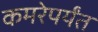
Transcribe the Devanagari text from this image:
कमरेपर्यंत